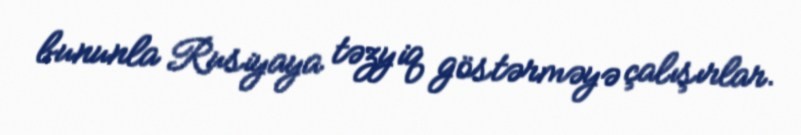
bununla Rusiyaya təzyiq göstərməyə çalışırlar.